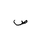
Letter: _sad